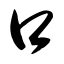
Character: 口